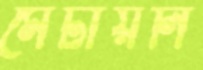
মেটায়নি